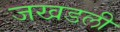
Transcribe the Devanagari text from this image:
जखडली